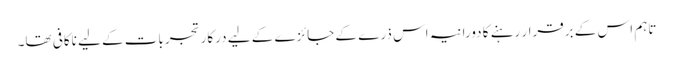
تاہم اس کے برقرار رہنے کا دورانیہ اس ذرے کے جائزے کے لیے درکار تجربات کے لیے ناکافی تھا۔